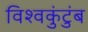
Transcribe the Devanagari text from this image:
विश्वकुंटुंब